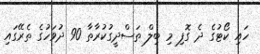
ހައި ކޯޓުގެ ދެ ގޮފި މި ބިލް ތަސްދީގުކުރާތާ 90 ދުވަހުގެ ތެރޭގައި